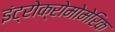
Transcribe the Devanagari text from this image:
इंट्रोक्रोमोमेरिक